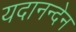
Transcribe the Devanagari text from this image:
यदानन्देन